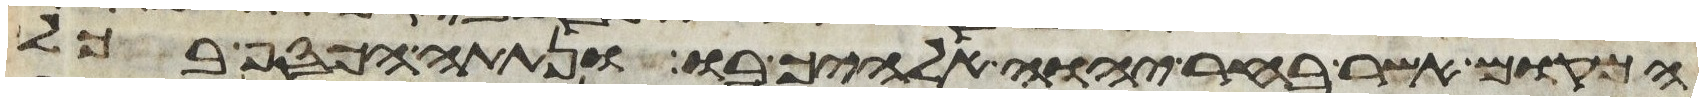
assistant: המקום אשר בחר יהוה אלהיך בו ונתתה הכסף בכל